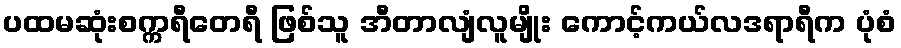
ပထမဆုံးစက္ကရီတေရီ ဖြစ်သူ အီတာလျံလူမျိုး ကောင့်ကယ်လဒရာရီက ပုံစံ